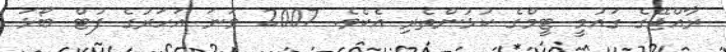
ރާއްޖޭގެ ގައުމީ ޓީމްގެ ކުޅުންތެރި އެކެވެ. 2007 ވަނަ އަހަރުގެ ފުޓް ބޯޅަ